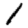
Digit: 1